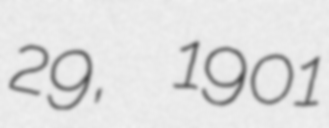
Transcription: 29, 1901